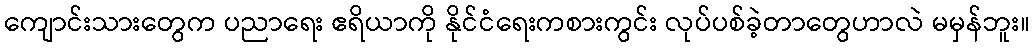
ကျောင်းသားတွေက ပညာရေး ဧရိယာကို နိုင်ငံရေးကစားကွင်း လုပ်ပစ်ခဲ့တာတွေဟာလဲ မမှန်ဘူး။